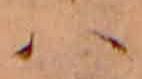
ハ